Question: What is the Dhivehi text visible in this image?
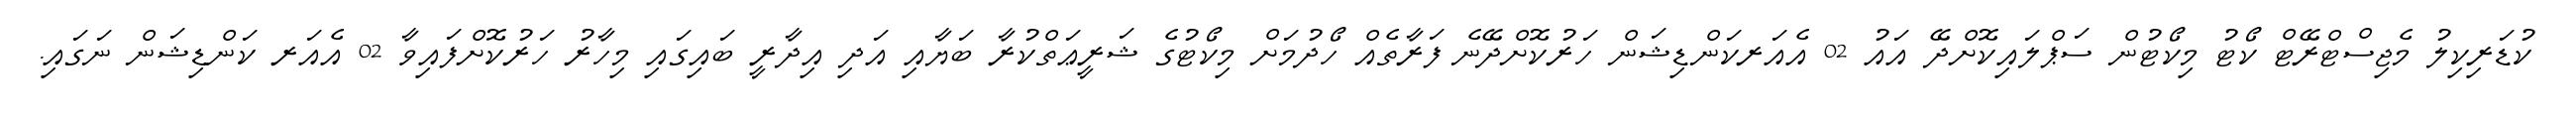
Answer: ކުޑަރިކިލު މެޖިސްޓްރޭޓް ކޯޓު މިކޯޓުން ސަޕްލައިކޮށްދޭ އައު 02 އެއަރކަންޑިޝަން ހަރުކޮށްދޭނެ ފަރާތެއް ހޯދުމަށް މިކޯޓުގެ ޝަރީޢަތްކުރާ ބަޔާއި އަދި އިދާރީ ބައިގައި މިހާރު ހަރުކޮށްފައިވާ 02 އެއަރ ކަންޑިޝަން ނަގައި.